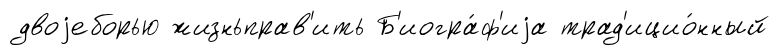
двоjеборью жизньправ'ить Б'иогра́ф'иjа трад'ицио́нный